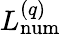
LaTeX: L_{\mathrm{num}}^{(q)}